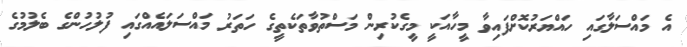
އެ މައްސަލާގައި ހައްޔަރުކޮށްފައިވާ މީހާއަކީ މީގެކުރިން މަސްތުވާތަކެތީގެ ހަތަރު މައްސަލައެއްގައި ފުލުހުންގެ ބެލުމުގެ